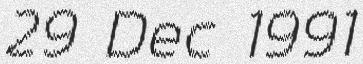
29 Dec 1991